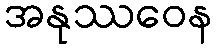
အနုဿဝေန